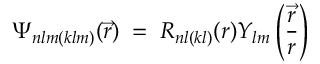
\Psi _ { n l m ( k l m ) } ( \vec { r } ) \; = \; R _ { n l ( k l ) } ( r ) Y _ { l m } \left( \frac { \vec { r } } { r } \right)